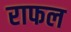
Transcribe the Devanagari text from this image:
राफल